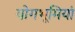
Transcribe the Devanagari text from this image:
योगभूमियां